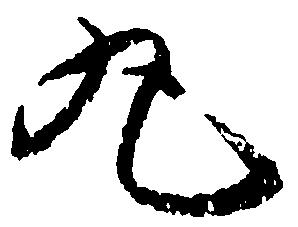
丸